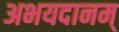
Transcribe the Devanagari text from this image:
अभयदानम्